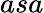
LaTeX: asa